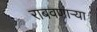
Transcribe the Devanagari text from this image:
राबवणाऱ्या